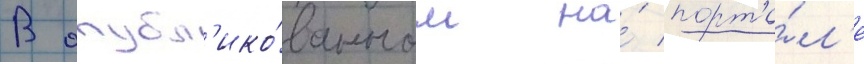
В опубл'ико́ванном на́ порта́л'е